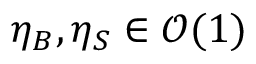
\eta _ { B } , \eta _ { S } \in \mathcal { O } ( 1 )